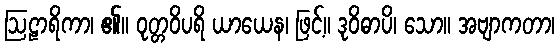
ဩဠာရိကာ၊ ၏။ ဝုတ္တဝိပရိ ယာယေန၊ ဖြင့်။ ဒုဝိဓာပိ၊ သော။ အဗျာကတာ၊